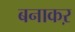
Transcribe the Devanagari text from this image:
बनाकऱ